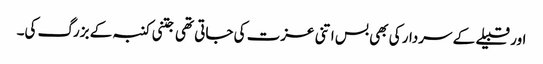
اور قبیلے کے سردار کی بھی بس اتنی عزت کی جاتی تھی جتنی کنبہ کے بزرگ کی۔